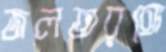
জলতরঙ্গে